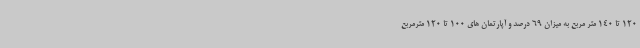
120 تا 140 متر مربع به میزان 69 درصد و آپارتمان های 100 تا 120 مترمربع